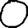
Digit: 0